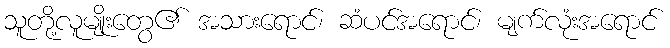
သူတို့လူမျိုးတွေ၏ အသားရောင်၊ ဆံပင်အရောင်၊ မျက်လုံးအရောင်